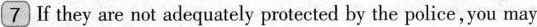
7 If they are not adequately protected by the police , you may